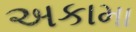
અકામા